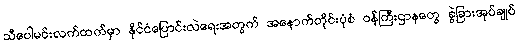
သီပေါမင်းလက်ထက်မှာ နိုင်ငံပြောင်းလဲရေးအတွက် အနောက်တိုင်းပုံစံ ဝန်ကြီးဌာနတွေ ခွဲခြားအုပ်ချုပ်